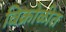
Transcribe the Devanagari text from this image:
विक्रोळीत